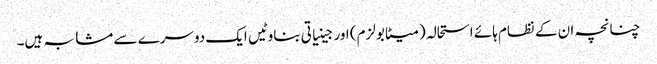
چنانچہ ان کے نظام ہائے استحالہ (میٹابولزم) اور جینیاتی بناوٹیں ایک دوسرے سے مشابہ ہیں۔